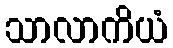
သာလာကိယံ